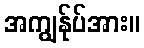
အကျွန်ုပ်အား။